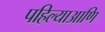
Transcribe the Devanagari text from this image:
पहिल्याआणि